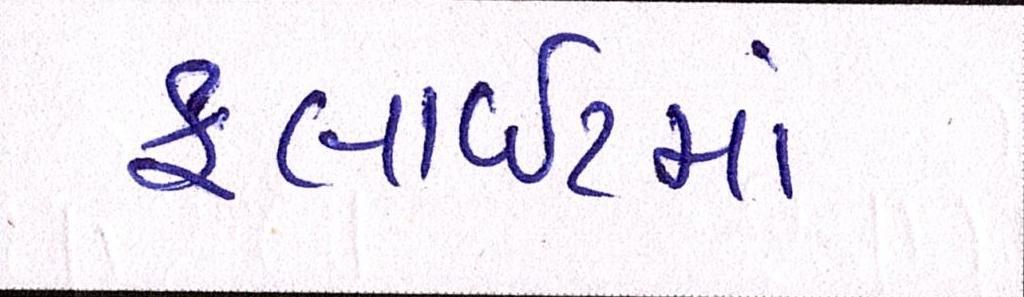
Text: ફ્લાઈટમાં